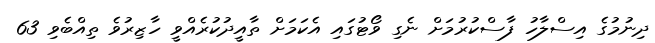
ދިނުމުގެ އިސްލާހު ފާސްކުރުމަށް ނެގި ވޯޓުގައި އެކަމަށް ތާއީދުކުރެއްވީ ހާޒިރުވެ ތިއްބެވި 63